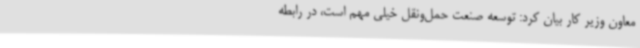
معاون وزیر کار بیان کرد: توسعه صنعت حمل‌ونقل خیلی مهم است، در رابطه